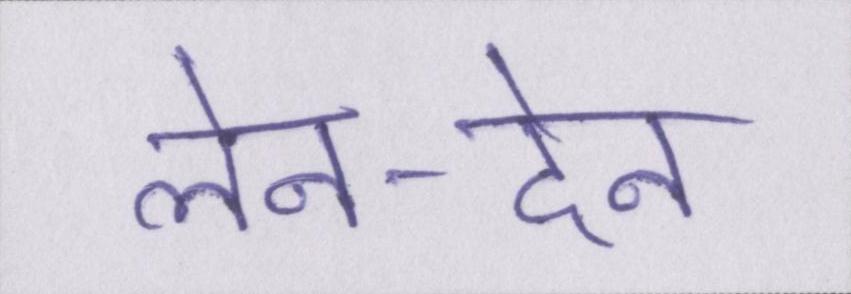
लेन-देन